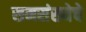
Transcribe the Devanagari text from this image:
समसंख्येचे